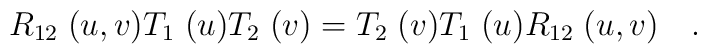
R_{12}\; (u,v) T_{1}\; (u) T_{2}\; (v) =T_{2}\; (v)  T_{1}\; (u) R_{12}\; (u,v)\quad .